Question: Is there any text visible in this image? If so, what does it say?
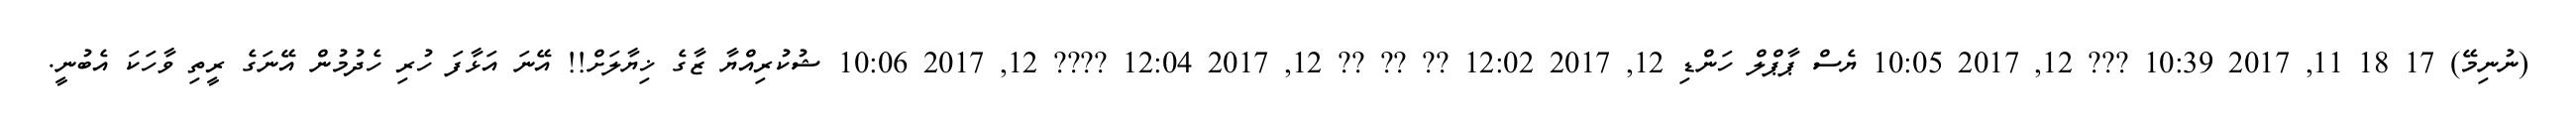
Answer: (ނުނިމޭ) 17 18 11, 2017 10:39 ??? 12, 2017 10:05 ޔެސް ޕާޕްލް ހަންޑި 12, 2017 12:02 ?? ?? ?? 12, 2017 12:04 ???? 12, 2017 10:06 ޝުކުރިއްޔާ ޒާގެ ޚިޔާލަށް!! އޭނަ އަޅާފަ ހުރި ހެދުމުން އޭނަގެ ރީތި ވާހަކަ އެބުނީ.